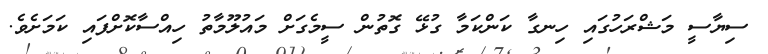
ސިޔާސީ މަޝްރަހުގައި ހިނގާ ކަންކަމާ ގުޅޭ ގޮތުން ސީމެގަށް މައުލޫމާތު ހިއްސާކޮށްފައި ކަމަށެވެ.